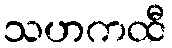
သဟကထီ